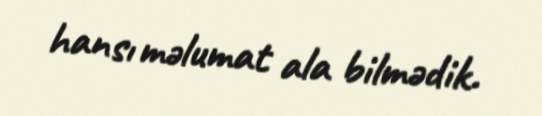
hansı məlumat ala bilmədik.